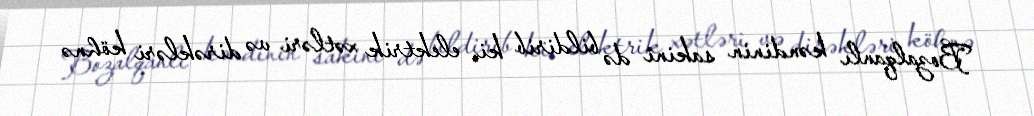
Bozalqanlı kəndinin sakini də bildirib ki, elektrik xətləri və dirəkləri köhnə